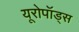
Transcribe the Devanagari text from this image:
यूरोपॉड्स